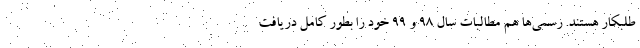
طلبکار هستند. رسمی‌ها هم مطالبات سال ۹۸ و ۹۹ خود را بطور کامل دریافت